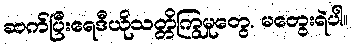
ဆက်ပြီးရေဒီယိုသတ္တိကြွမှုတွေ. မတွေးရဲပါ။